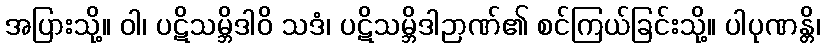
အပြားသို့။ ဝါ၊ ပဋိသမ္ဘိဒါဝိ သဒံ၊ ပဋိသမ္ဘိဒါဉာဏ်၏ စင်ကြယ်ခြင်းသို့။ ပါပုဏန္တိ၊